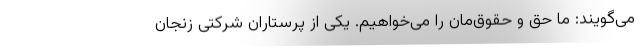
می‌گویند: ما حق و حقوق‌مان را می‌خواهیم. یکی از پرستاران شرکتی زنجان